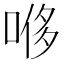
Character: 𫪥